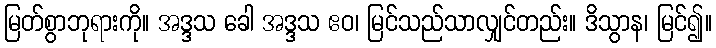
မြတ်စွာဘုရားကို။ အဒ္ဒသ ခေါ အဒ္ဒသ ဧဝ၊ မြင်သည်သာလျှင်တည်း။ ဒိသွာန၊ မြင်၍။